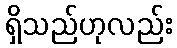
ရှိသည်ဟုလည်း